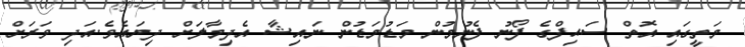
މަތީގައި އޮތް ސައިފްގެ ފޯނު ފެނުމުން މަޑުމަޑުން ނައިޝާ އެދިމާލަށް ދިޔައެވެ.އަދި ވަރަށް